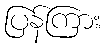
ပြန်ကြား